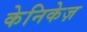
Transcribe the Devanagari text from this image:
केनिकेज़